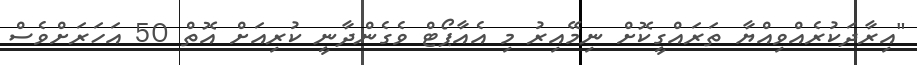
"އިރާދަކުރެއްވިއްޔާ ތަރައްގީކޮށް ނިމޭއިރު މި އެއާޕޯޓް ވެގެންދާނީ ކުރިއަށް އޮތް 50 އަހަރަށްވެސް